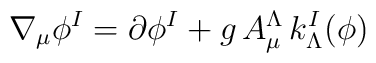
\nabla_\mu \phi^I = \partial \phi^I + g \,A^\Lambda_\mu \, k^I_\Lambda (\phi)